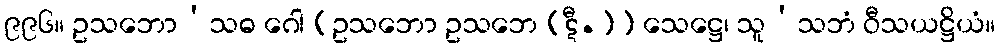
၉၉၆။ ဥသဘော’သဓ ဂေါ [ဥသဘော ဥသဘေ (ဋီ.)] သေဋ္ဌေ၊ သူ’သဘံ ဝီသယဋ္ဌိယံ။